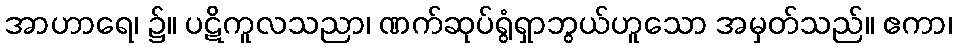
အာဟာရေ၊ ၌။ ပဋိကူလသညာ၊ ဏက်ဆုပ်ရွံရှာဘွယ်ဟူသော အမှတ်သည်။ ဧကာ၊